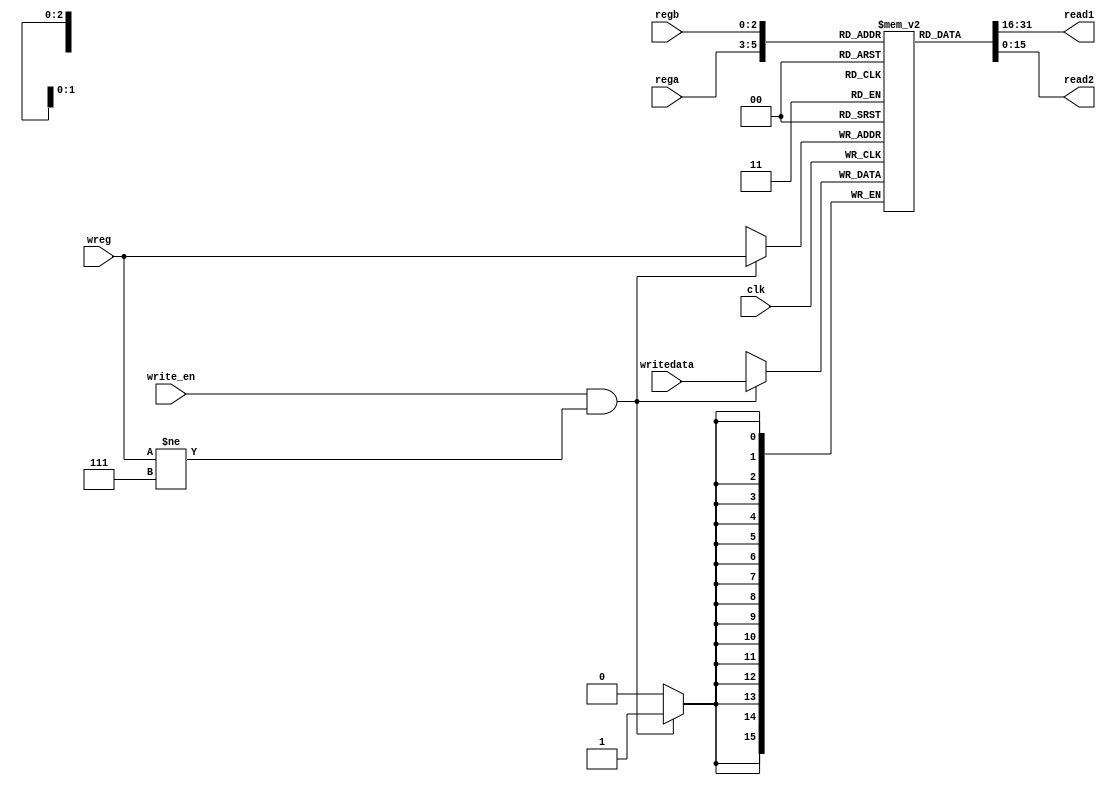
module regfile ( 
input clk, 
input write_en,
input [2:0] rega,regb,wreg,
input [15:0] writedata,
output [15:0] read1, read2
);

reg [15:0] reg8 [7:0];
initial begin
    reg8[0] <= 16'b0;
    reg8[1] <= 16'b0;
    reg8[2] <= 16'b0;
    reg8[3] <= 16'b0;
    reg8[4] <= 16'b0;
    reg8[5] <= 16'b0;
    reg8[6] <= 16'b0;
    reg8[7] <= 16'b0;
end
always @( posedge clk )
begin 
   
    if(write_en && wreg != 7 ) begin
    reg8[wreg] <= writedata;
    end
     $monitor("reg 0: %d    reg 4: %d \nreg 1: %d    reg 5: %d \nreg 2: %d    reg 6: %d \nreg 3: %d    reg 7: %d\n", reg8[0], reg8[4], reg8[1], reg8[5], reg8[2], reg8[6], reg8[3], reg8[7]);
    
end
assign read1 = reg8[rega];
assign read2 = reg8[regb];

endmodule